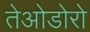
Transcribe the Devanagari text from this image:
तेओडोरो